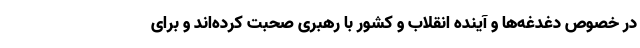
در خصوص دغدغه‌ها و آینده انقلاب و کشور با رهبری صحبت کرده‌اند و برای